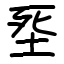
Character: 㘸